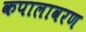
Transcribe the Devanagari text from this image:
कपालावरण